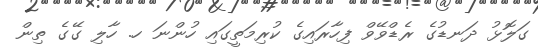
ގަލޮޅު ދަނޑުގެ ރެޑްވޭވް ފިހާރައިގެ ކުރިމަތީގައި ހުންނަ ހ. ހާލި ގޭގެ ތިން